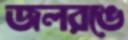
জলরঙে